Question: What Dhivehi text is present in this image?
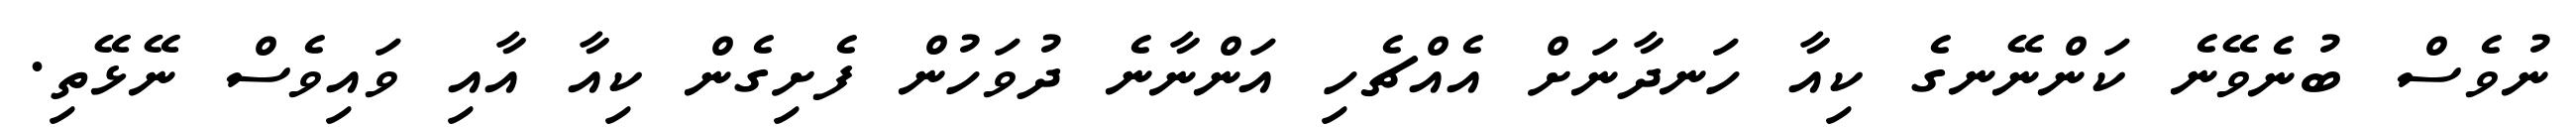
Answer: ނުވެސް ބުނެވޭނެ ކަންނޭނގެ ކިއާ ހަނދާނަށް އެއްޗެހި އަންނާނެ ދުވަހުން ފެށިގެން ކިއާ އާއި ވައިވެސް ނޭޅޭތި.